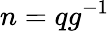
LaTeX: n=qg^{-1}